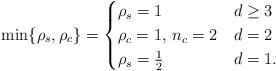
LaTeX: \begin{align*}\min\{\rho_{s},\rho_{c}\}=\begin{cases}\rho_{s}=1 & \hbox{$d\geq 3$} \\\rho_{c}=1,\,n_{c}=2 & \hbox{$d=2$}\\ \rho_{s}=\frac{1}{2}& \hbox{$d=1$.}\end{cases}\end{align*}